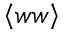
\left< w w \right>